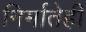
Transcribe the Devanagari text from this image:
निर्मातेही